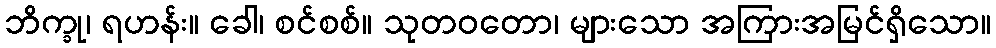
ဘိက္ခု၊ ရဟန်း။ ခေါ၊ စင်စစ်။ သုတဝတော၊ များသော အကြားအမြင်ရှိသော။